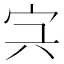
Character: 𡧐